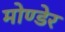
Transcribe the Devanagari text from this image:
मोण्डेर